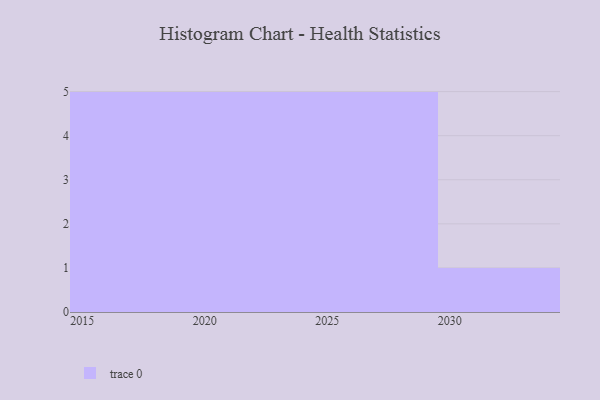
{"axis": {"x": "Year", "y": "Budget (USD K)"}, "legend": [""], "data": [{"x": "2026", "y": 36, "type": ""}, {"x": "2030", "y": 40, "type": ""}, {"x": "2023", "y": 30, "type": ""}, {"x": "2024", "y": 9, "type": ""}, {"x": "2019", "y": 81, "type": ""}, {"x": "2016", "y": 27, "type": ""}, {"x": "2025", "y": 24, "type": ""}, {"x": "2027", "y": 77, "type": ""}, {"x": "2022", "y": 17, "type": ""}, {"x": "2029", "y": 99, "type": ""}, {"x": "2028", "y": 70, "type": ""}, {"x": "2018", "y": 8, "type": ""}, {"x": "2020", "y": 11, "type": ""}, {"x": "2015", "y": 4, "type": ""}, {"x": "2021", "y": 54, "type": ""}, {"x": "2017", "y": 7, "type": ""}]}